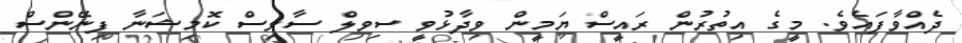
ދެއްވާފައެވެ. މީގެ އިތުރުން ރައީސް ޔަމީން ވިދާޅުވީ ސިވިލް ސާވިސް ކޮމިޝަނާ ފިނޭންސް